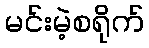
မင်းမဲ့စရိုက်